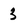
Character: 3